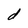
Character: d